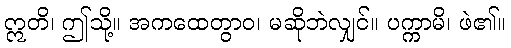
ဣတိ၊ ဤသို့။ အကထေတွာဝ၊ မဆိုဘဲလျှင်။ ပက္ကာမိ၊ ဖဲ၏။